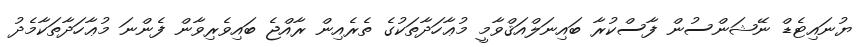
ޔުނައިޓެޑް ނޭޝަންސުން ފާސްކުރާ ބައިނަލްއަޤްވާމީ މުޢާހަދާތަކުގެ ތެރެއިން ރާއްޖެ ބައިވެރިވާން ފެންނަ މުޢާހަދާތަކާމެދު